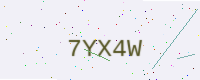
Text: 7YX4W